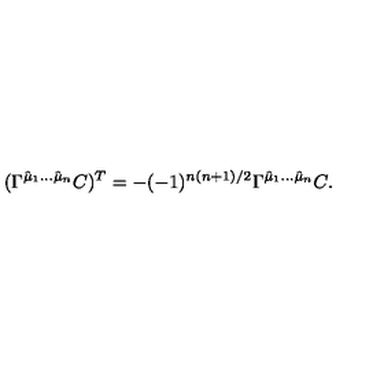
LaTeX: ( \Gamma ^ { \hat { \mu } _ { 1 } \dots \hat { \mu } _ { n } } C ) ^ { T } = - ( - 1 ) ^ { n ( n + 1 ) / 2 } \Gamma ^ { \hat { \mu } _ { 1 } \dots \hat { \mu } _ { n } } C .